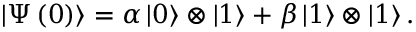
\left| \Psi \left( 0 \right) \right\rangle = \alpha \left| 0 \right\rangle \otimes \left| 1 \right\rangle + \beta \left| 1 \right\rangle \otimes \left| 1 \right\rangle .